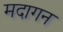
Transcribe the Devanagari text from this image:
मदागन